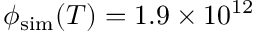
\phi _ { \mathrm { s i m } } ( T ) = 1 . 9 \times 1 0 ^ { 1 2 }